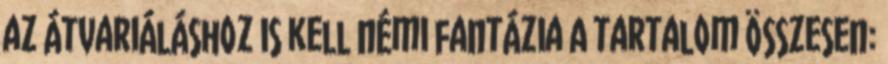
az átvariáláshoz is kell némi fantázia A tartalom összesen: